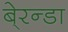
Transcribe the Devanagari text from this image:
बे्रन्डा